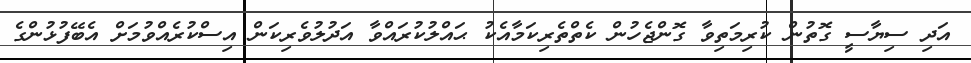
އަދި ސިޔާސީ ގޮތުން ކުރިމަތިވާ ގޮންޖެހުން ކެތްތެރިކަމާއެކު ޙައްލުކުރައްވާ އަދުލުވެރިކަން އިސްކުރެއްވުމަށް އެބޭފުޅުންގެ